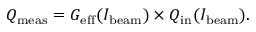
Q _ { \mathrm { m e a s } } = G _ { \mathrm { e f f } } ( I _ { \mathrm { b e a m } } ) \times Q _ { \mathrm { i n } } ( I _ { \mathrm { b e a m } } ) .